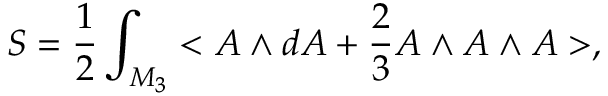
S = \frac { 1 } { 2 } \int _ { M _ { 3 } } < A \wedge d A + \frac { 2 } { 3 } A \wedge A \wedge A > ,